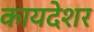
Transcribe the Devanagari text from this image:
कायदेशर